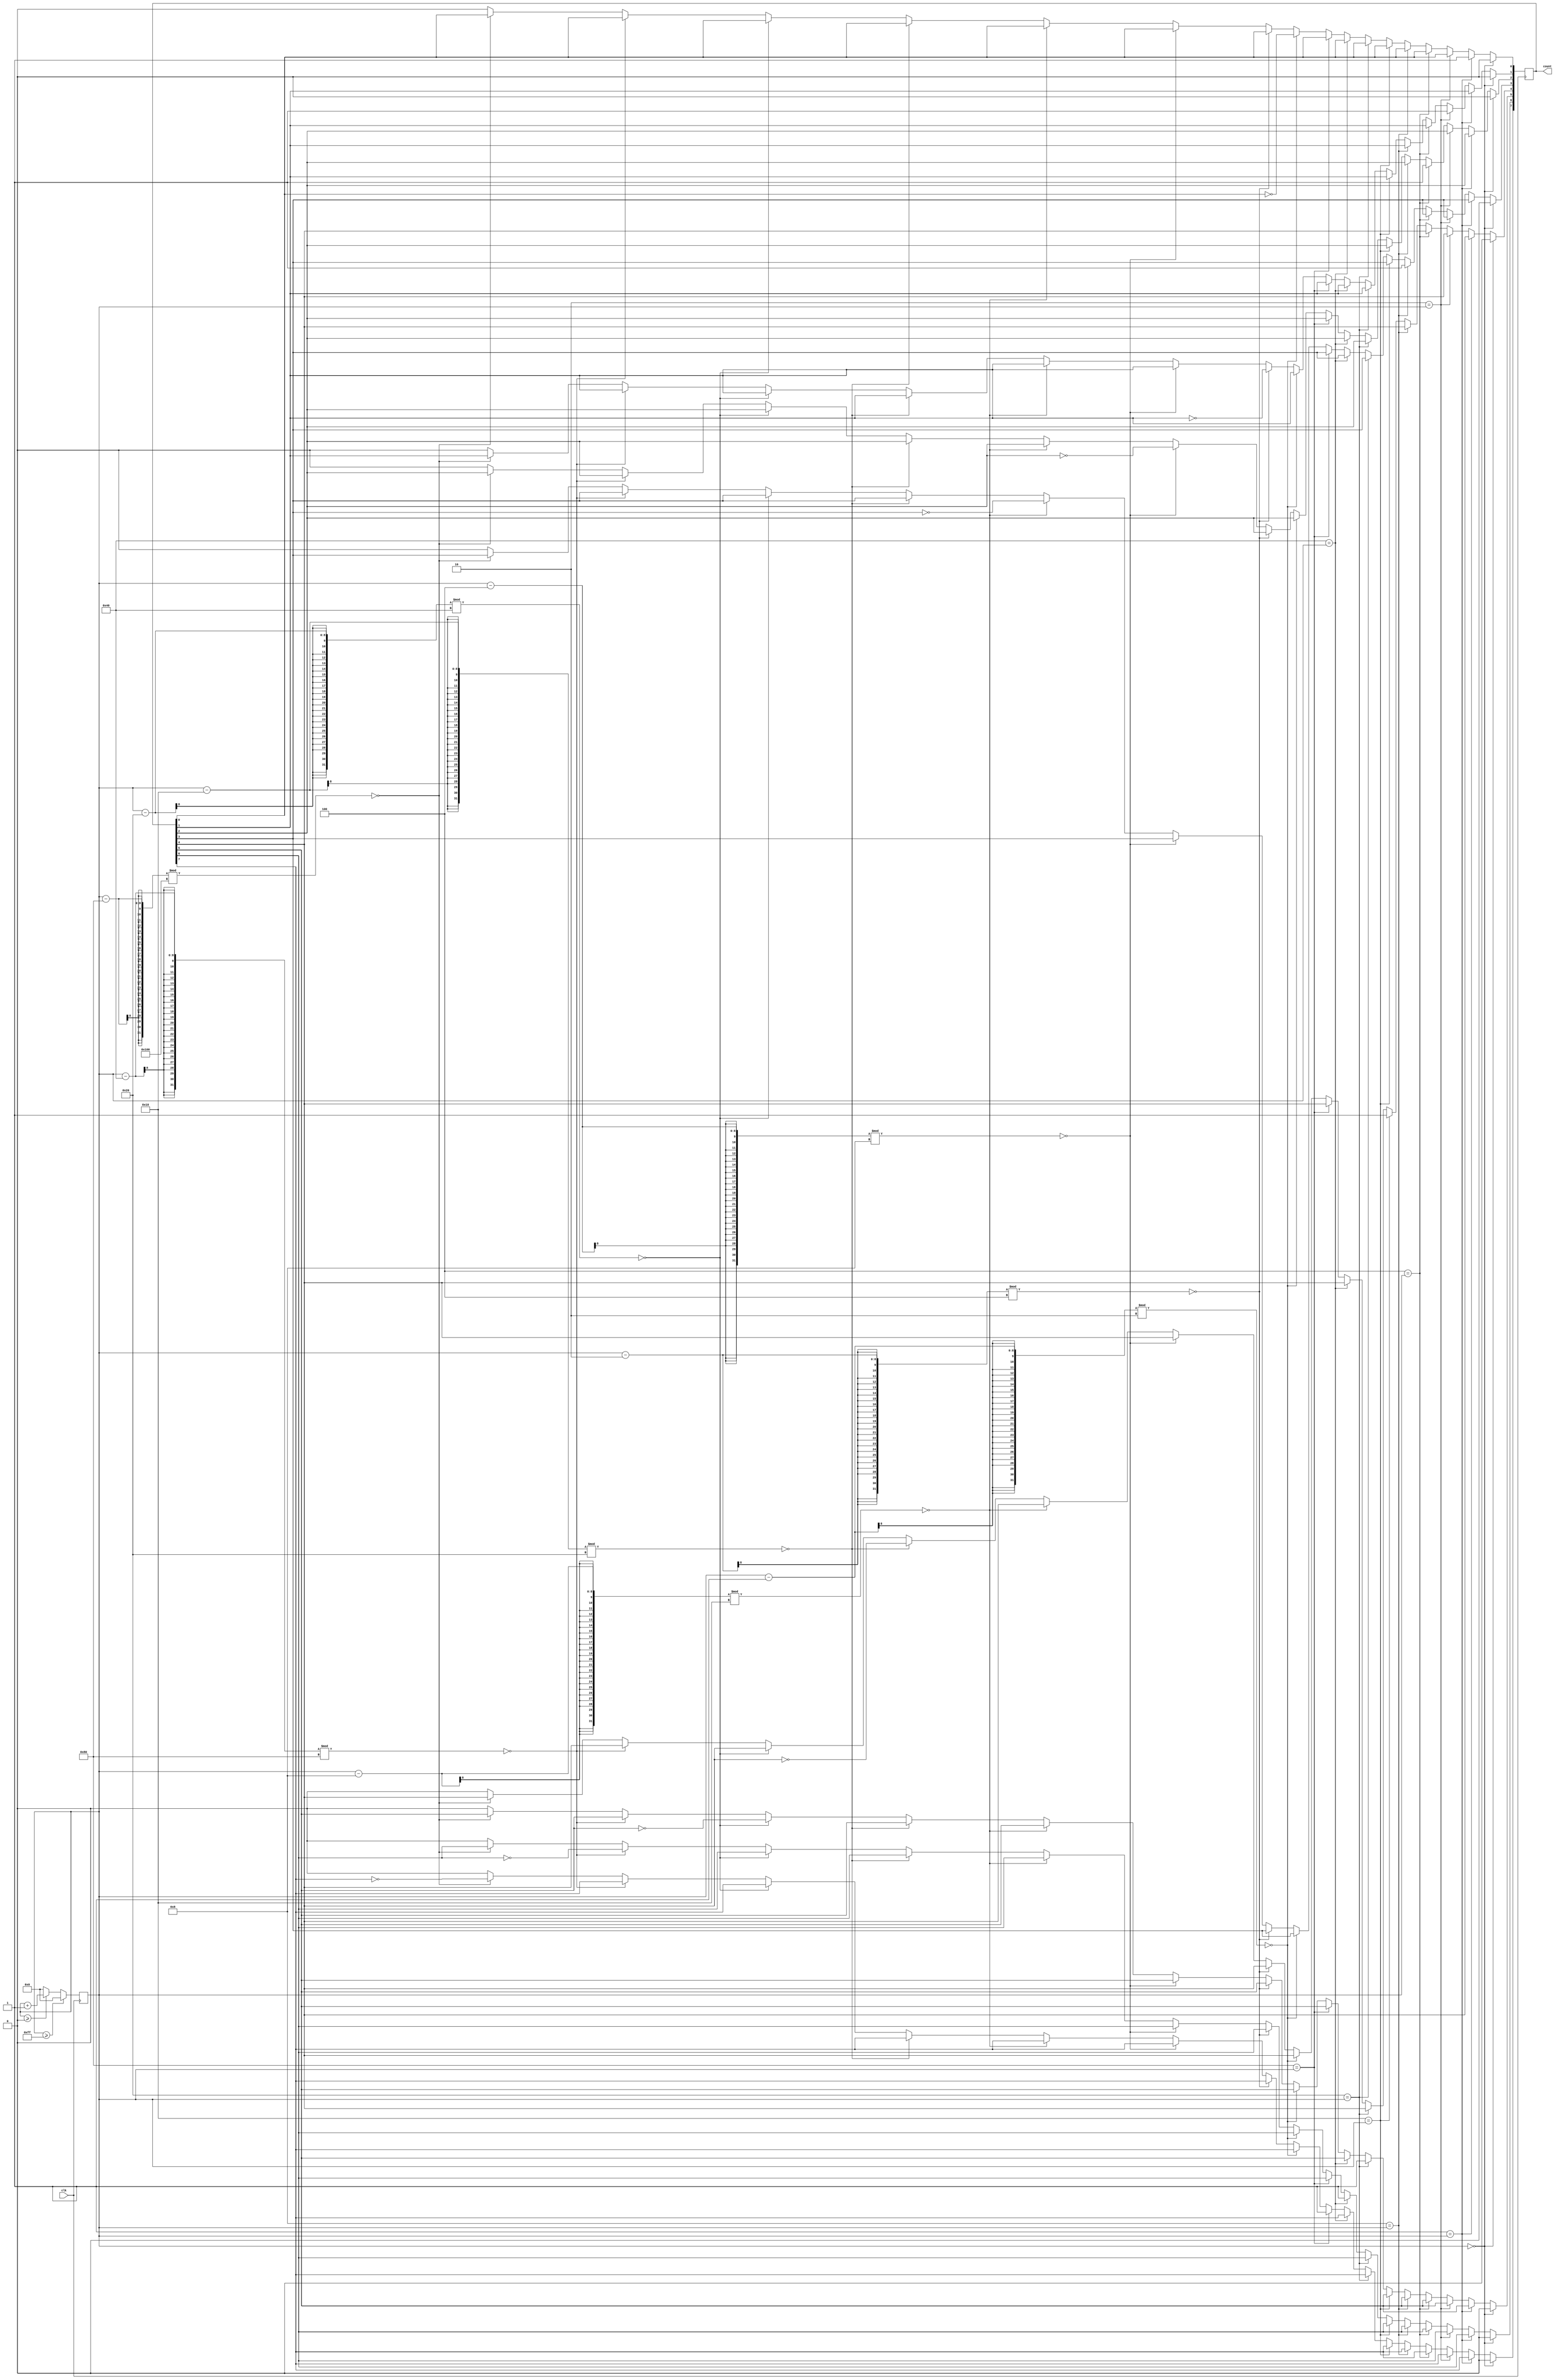
module grey_counter(input clk, output reg [7:0] count);
	reg [7:0] n;	// 8-bit counter

	always @(posedge clk) begin
		if (0 == n)
			count <= 8'b00000000;
		else if (1 == n)
			count[0] <= 1;
		else if (2 == n)
			count[1] <= 1;
		else if (4 == n)
			count[2] <= 1;
		else if (8 == n)
			count[3] <= 1;
		else if (16 == n)
			count[4] <= 1;
		else if (32 == n)
			count[5] <= 1;
		else if (64 == n)
			count[6] <= 1;
		else if (128 == n)
			count[7] <= 1;
		else if (0 == (n - 1) % 2)
			count[0] <= ~count[0];
		else if (0 == (n - 2) % 4)
			count[1] <= ~count[1];
		else if (0 == (n - 4) % 8)
			count[2] <= ~count[2];
		else if (0 == (n - 8) % 16)
			count[3] <= ~count[3];
		else if (0 == (n - 16) % 32)
			count[4] <= ~count[4];
		else if (0 == (n - 32) % 64)
			count[5] <= ~count[5];
		else if (0 == (n - 64) % 128)
			count[6] <= ~count[6];
		else if (0 == (n - 128) % 256)
			count[7] <= ~count[7];
		else begin
			count <= 8'b00000000;  // cat all (Z, X), reset
		end

		// next count or reset
		if (n >= 255)
			n <= 0;
		else if (n >= 0)
			n <= n + 1;
		else
			n <= 0;		// catch all (Z, X), reset
	end
endmodule